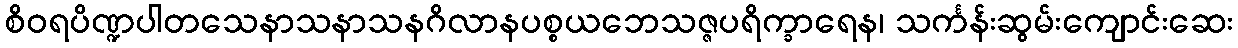
စိဝရပိဏ္ဍပါတသေနာသနာသနဂိလာနပစ္စယဘေသဇ္ဇပရိက္ခာရေန၊ သင်္ကန်းဆွမ်းကျောင်းဆေး